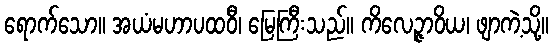
ရောက်သော။ အယံမဟာပထဝီ၊ မြေကြီးသည်။ ကိလေဉ္ဇာဝိယ၊ ဖျာကဲ့သို့။